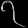
Digit: ၇